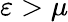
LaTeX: \varepsilon>\mu